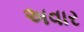
અવાર